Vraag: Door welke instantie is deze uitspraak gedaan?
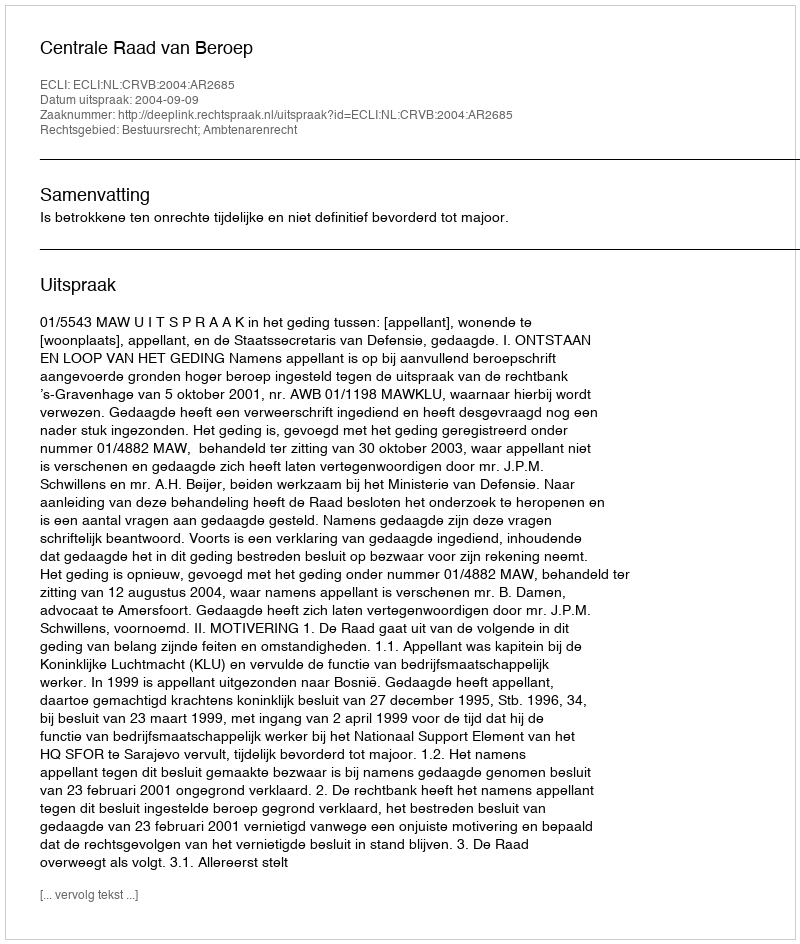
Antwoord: Centrale Raad van Beroep